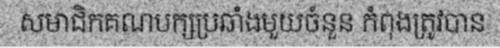
សមាជិកគណបក្សប្រឆាំងមួយចំនួន កំពុងត្រូវបាន